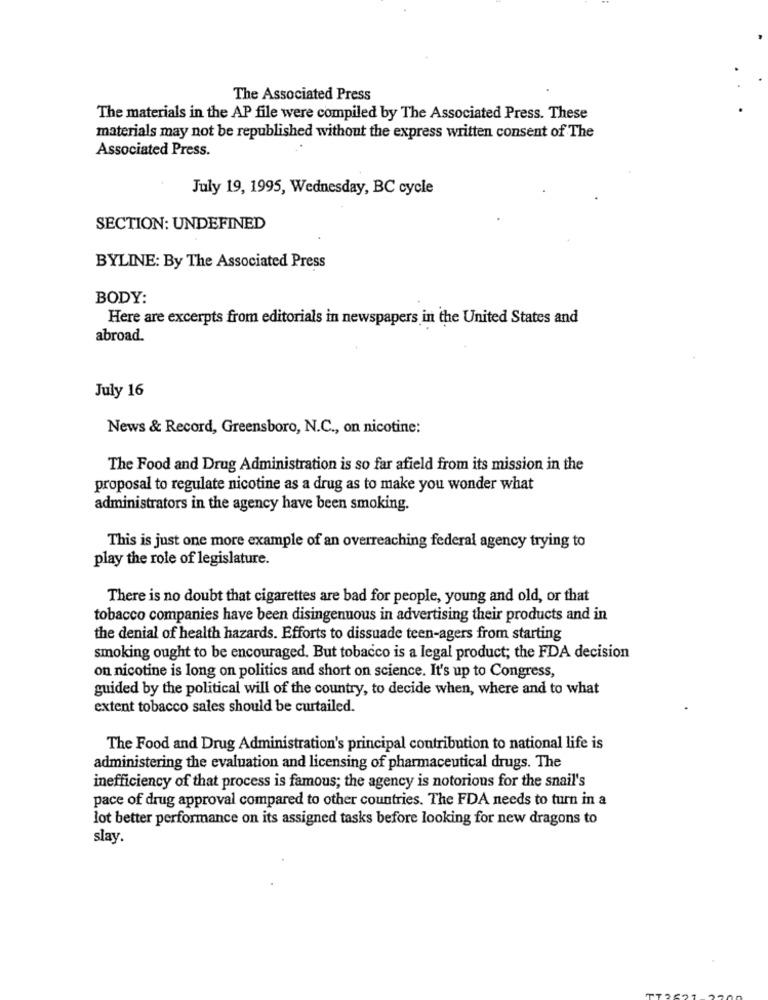
The Associated Press
The materials in the AP file were compiled by The Associated Press. These
materials may not be republished without the express written consent of The
Associated Press.
July 19, 1995, Wednesday, BC cycle
SECTION: UNDEFINED
BYLINE: By The Associated Press
BODY:
Here are excerpts from editorials in newspapers in the United States and
abroad.
July 16
News & Record, Greensboro, N.C ., on nicotine:
The Food and Drug Administration is so far afield from its mission in the
proposal to regulate nicotine as a drug as to make you wonder what
administrators in the agency have been smoking.
This is just one more example of an overreaching federal agency trying to
play the role of legislature.
There is no doubt that cigarettes are bad for people, young and old, or that
tobacco companies have been disingenuous in advertising their products and in
the denial of health hazards. Efforts to dissuade teen-agers from starting
smoking ought to be encouraged. But tobacco is a legal product; the FDA decision
on nicotine is long on politics and short on science. It's up to Congress,
guided by the political will of the country, to decide when, where and to what
extent tobacco sales should be curtailed.
The Food and Drug Administration's principal contribution to national life is
administering the evaluation and licensing of pharmaceutical drugs. The
inefficiency of that process is famous; the agency is notorious for the snail's
pace of drug approval compared to other countries. The FDA needs to turn in a
lot better performance on its assigned tasks before looking for new dragons to
slay.